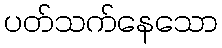
ပတ်သက်နေသော